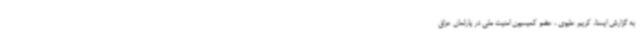
به گزارش ایسنا، کریم علیوی ، عضو کمیسیون امنیت ملی در پارلمان عراق